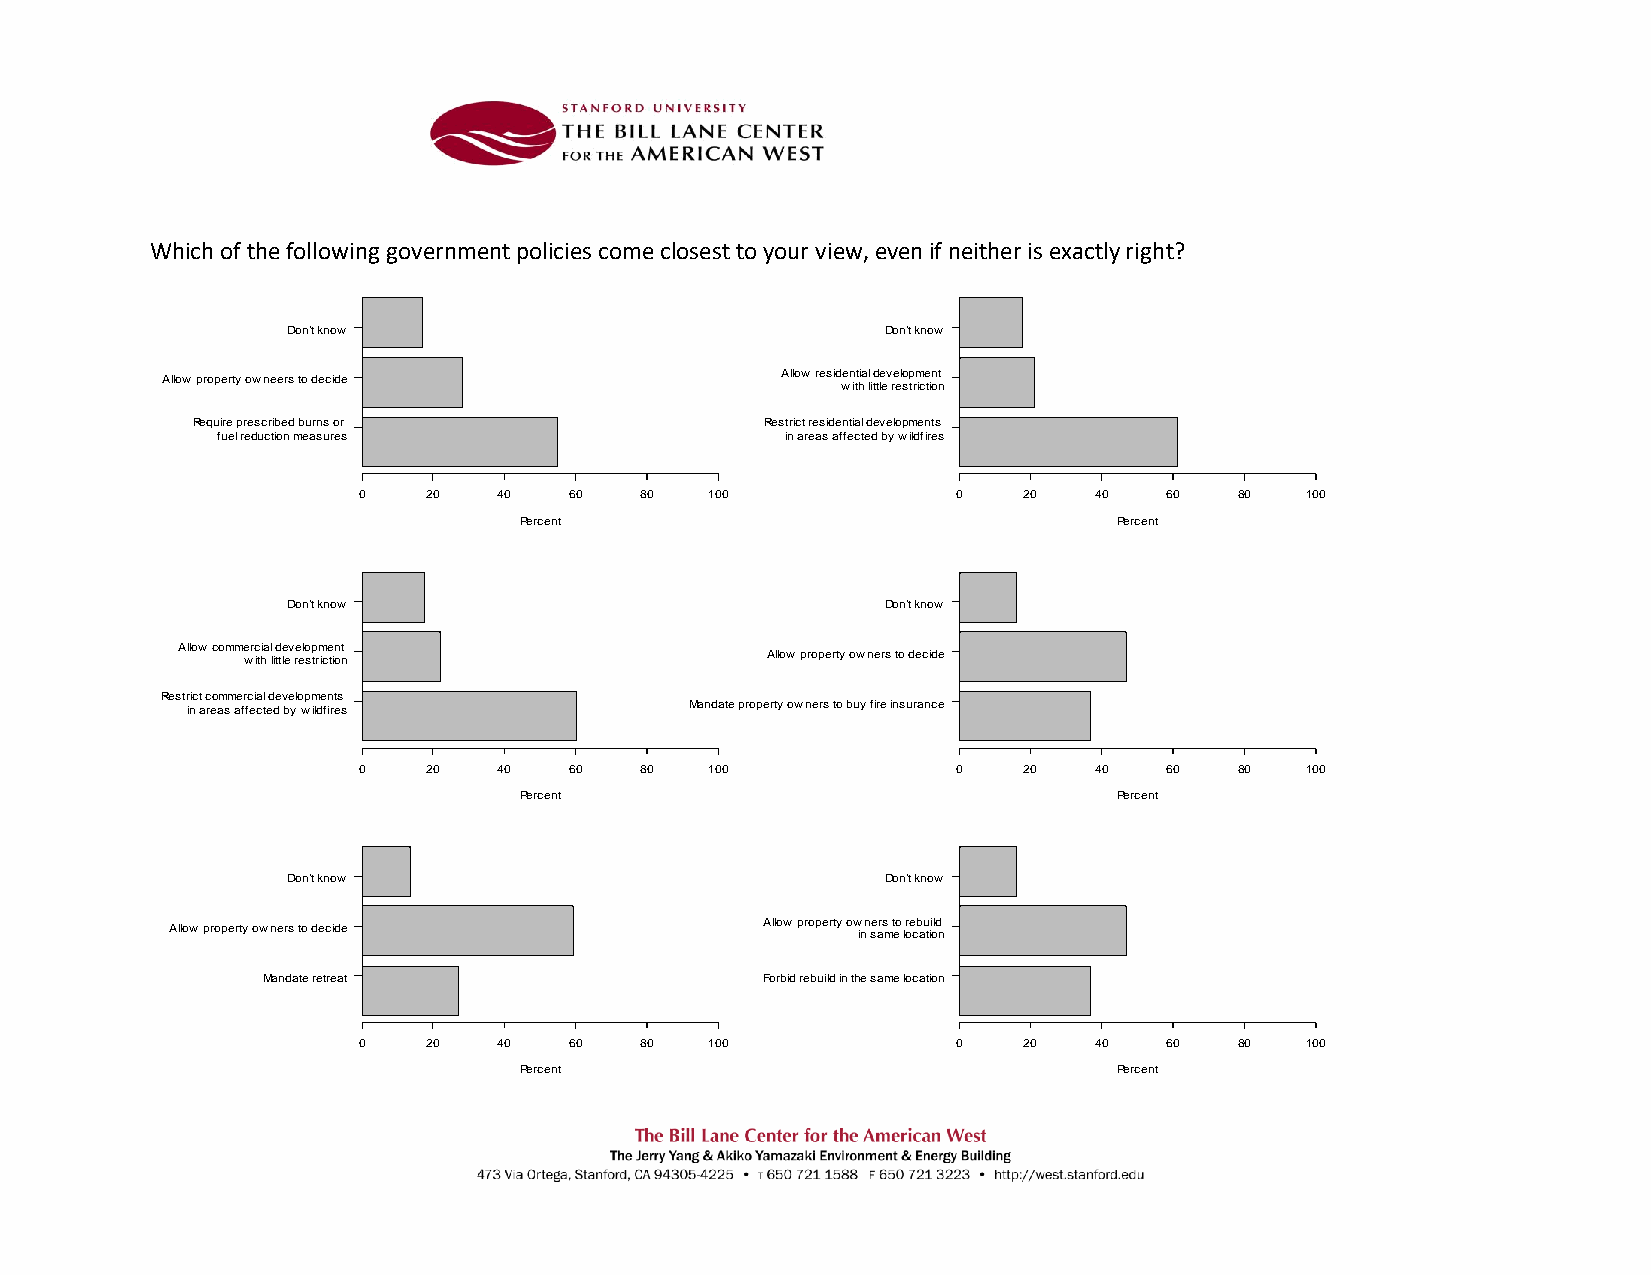
Which of the following government policies come closest to your view, even if neither is exactly right?
 Don't know                              Don't know
 Allow property owneers to decide         Allow residential development
 with little restriction
 Require prescribed burns or           Restrict residential developments
 fuel reduction measures               in areas affected by wildfires
 0   20   40   60  80   100             0    20  40   60   80  100
 Percent                                 Percent
 Don't know                              Don't know
 Allow commercial development
 with little restriction            Allow property owners to decide
 Restrict commercial developments
 in areas affected by wildfires    Mandate property owners to buy fire insurance
 0   20   40   60  80   100             0    20  40   60   80  100
 Percent                                 Percent
 Don't know                              Don't know
 Allow property owners to decide        Allow property ow inn e sr as m t eo lr oe cb au tii old n
 Mandate retreat                  Forbid rebuild in the same location
 0   20   40   60  80   100             0    20  40   60   80  100
 Percent                                 Percent